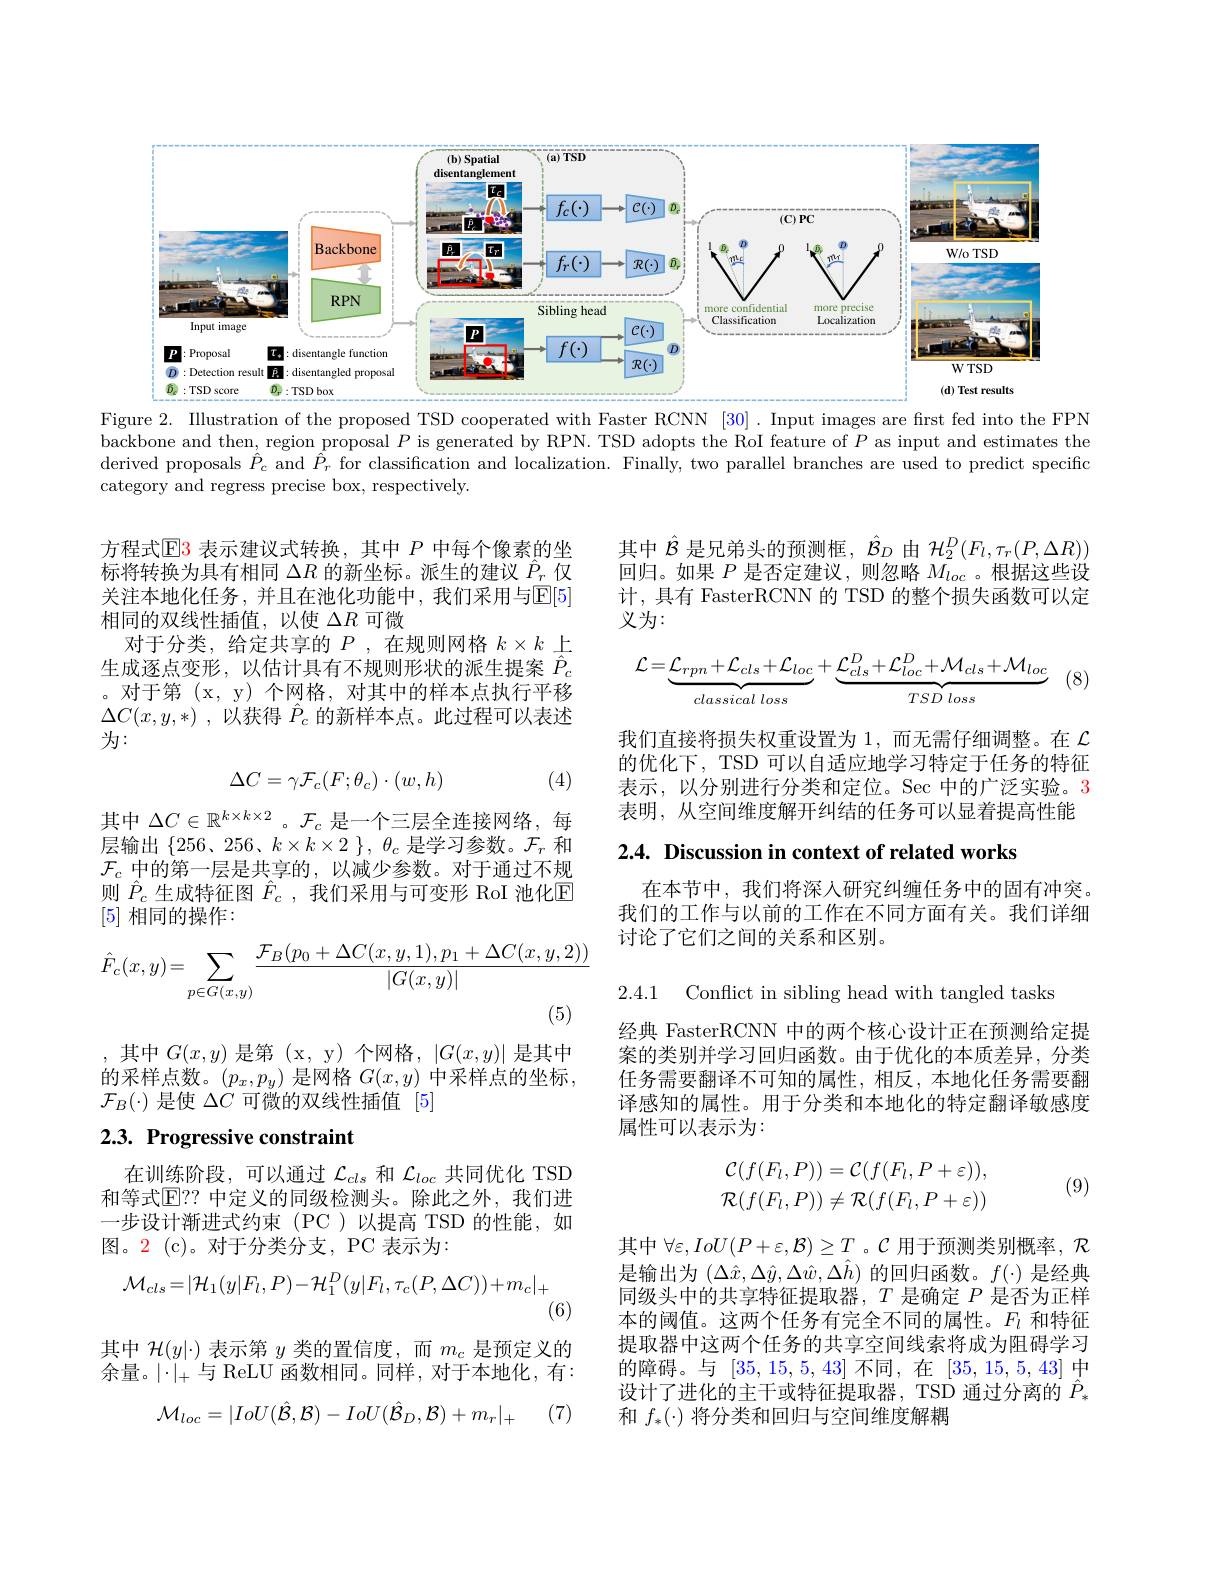
<FigureHere>
Figure 2. Illustration of the proposed TSD cooperated with Faster RCNN [30] . Input images are first fed into the FPN

backbone and then, region proposal $P$ is generated by RPN. TSD adopts the RoI feature of $P$ as input and estimates the derived proposals $\hat{P}_c$ and $\bar{\hat{P}}_r$ for classification and localization. Finally, two parallel branches are used to predict specific category and regress precise box, respectively.

$\hat{\text{其中 }\mathcal{B}}$是兄弟头的预测框，$\hat{\mathcal{B}}_D$由$\mathcal{H}_2^D(F_l,\tau_r(P,\Delta R))$ 回归。如果$P$是否定建议，则忽略$M_loc$ 。根据这些设计，具有 FasterRCNN 的 TSD 的整个损失函数可以定义为：

方程式$\operatorname{E}$3 表示建议式转换，其中 $P$ 中每个像素的坐标将转换为具有相同$\Delta R$的新坐标。派生的建议$\hat{P}_r$仅关注本地化任务，并且在池化功能中，我们采用与$\mathbb{E}[5]$ 相同的双线性插值，以使$\Delta R$可微
对于分类，给定共享的$P$,在规则网格$k\times k$上生成逐点变形，以估计具有不规则形状的派生提案$\hat{P}_c$ 。对于第 (x, y) 个网格，对其中的样本点执行平移$\Delta C( x, y, * )$ , 以获得 $\hat{P}_c$ 的新样本点。此过程可以表述为：
$$\mathcal{L}=\underbrace{\mathcal{L}_{rpn}+\mathcal{L}_{cls}+\mathcal{L}_{loc}}_{classical\:loss}+\underbrace{\mathcal{L}_{cls}^{D}+\mathcal{L}_{loc}^{D}+\mathcal{M}_{cls}+\mathcal{M}_{loc}}_{TSD\:loss}$$
(8)

我们直接将损失权重设置为1，而无需仔细调整。在$\mathcal{L}$ 的优化下，TSD 可以自适应地学习特定于任务的特征表示，以分别进行分类和定位。Sec 中的广泛实验。3表明，从空间维度解开纠结的任务可以显着提高性能

(4)
$$\Delta C=\gamma\mathcal{F}_{c}(F;\theta_{c})\cdot(w,h)$$
2.4. Discussion in context of related works

其中$\Delta C\in\mathbb{R}^{k\times k\times2}$ 。$\mathcal{F}_c$是一个三层全连接网络，每层输出$\left\{256、256、k\times k\times2\right\},\theta_{c}$ 是学习参数。$\mathcal{F}_r$ 和$\mathcal{F}_c$中的第一层是共享的，以减少参数。对于通过不规则$\hat{P}_c$生成特征图$\hat{F}_c$ ,我们采用与可变形 RoI 池化E [5]相同的操作：

在本节中，我们将深入研究纠缠任务中的固有冲突。我们的工作与以前的工作在不同方面有关。我们详细讨论了它们之间的关系和区别。
$$\hat{F}_c(x,y)=\sum\limits_{p\in G(x,y)}\frac{\mathcal{F}_B(p_0+\Delta C(x,y,1),p_1+\Delta C(x,y,2))}{|G(x,y)|}$$
2.4.1 Conflict in sibling head with tangled tasks

,其中$G(x,y)$ 是第 $( x, y)$ 个网格$,|G(x,y)|$ 是其中的采样点数。$(p_x,p_y)$是网格$G(x,y)$中采样点的坐标， $\mathcal{F}_B(\cdot)$是使$\Delta C$可微的双线性插值[5]

经典 FasterRCNN 中的两个核心设计正在预测给定提案的类别并学习回归函数。由于优化的本质差异，分类任务需要翻译不可知的属性，相反，本地化任务需要翻译感知的属性。用于分类和本地化的特定翻译敏感度属性可以表示为：

# 2.3. Progressive constraint
$$\begin{aligned}\mathcal{C}(f(F_l,P))&=\mathcal{C}(f(F_l,P+\varepsilon)),\\\mathcal{R}(f(F_l,P))&\neq\mathcal{R}(f(F_l,P+\varepsilon))\end{aligned}$$
(9)

在训练阶段，可以通过$\mathcal{L}_cls$和$\mathcal{L}_loc$共同优化 TSD 和等式$\overline{\mathbb{E}}$? 中定义的同级检测头。除此之外，我们进一步设计渐进式约束(PC)以提高 TSD 的性能，如图。2 (c)。对于分类分支，PC 表示为：
$$\mathcal{M}_{cls}=|\mathcal{H}_1(y|F_l,P)-\mathcal{H}_1^D(y|F_l,\tau_c(P,\Delta C))+m_c|_+$$
(6)

其中$\forall\varepsilon,IoU(P+\varepsilon,\mathcal{B})\geq T$ 。$\mathcal{C}$用于预测类别概率，$\mathcal{R}$ 是输出为$(\Delta\hat{x},\Delta\hat{y},\Delta\hat{w},\Delta\hat{h})$的回归函数。$f(\cdot)$是经典同级头中的共享特征提取器，$T$是确定$P$是否为正样本的阈值。这两个任务有完全不同的属性。$F_l$和特征提取器中这两个任务的共享空间线索将成为阻碍学习的障碍。与[35,15,5,43]不同，在[35,15,5,43]中设计了进化的主干或特征提取器，TSD 通过分离的$\hat{P}_*$ 和$f_*(\cdot)$将分类和回归与空间维度解耦

其中$\mathcal{H}(y|\cdot)$表示第$y$类的置信度，而$m_c$是预定义的余量。$|\cdot|_+$与 ReLU 函数相同。同样，对于本地化，有：
$$\mathcal{M}_{loc}=|IoU(\hat{\mathcal{B}},\mathcal{B})-IoU(\hat{\mathcal{B}}_{D},\mathcal{B})+m_{r}|_{+}$$
(7)